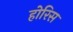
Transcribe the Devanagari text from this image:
होरिस